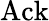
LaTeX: \mathrm{Ack}